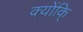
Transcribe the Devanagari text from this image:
क्योंकि्